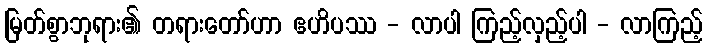
မြတ်စွာဘုရား၏ တရားတော်ဟာ ဧဟိပဿ - လာပါ ကြည့်လှည့်ပါ - လာကြည့်